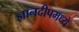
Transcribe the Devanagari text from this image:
ज्ञानदीपमध्ये